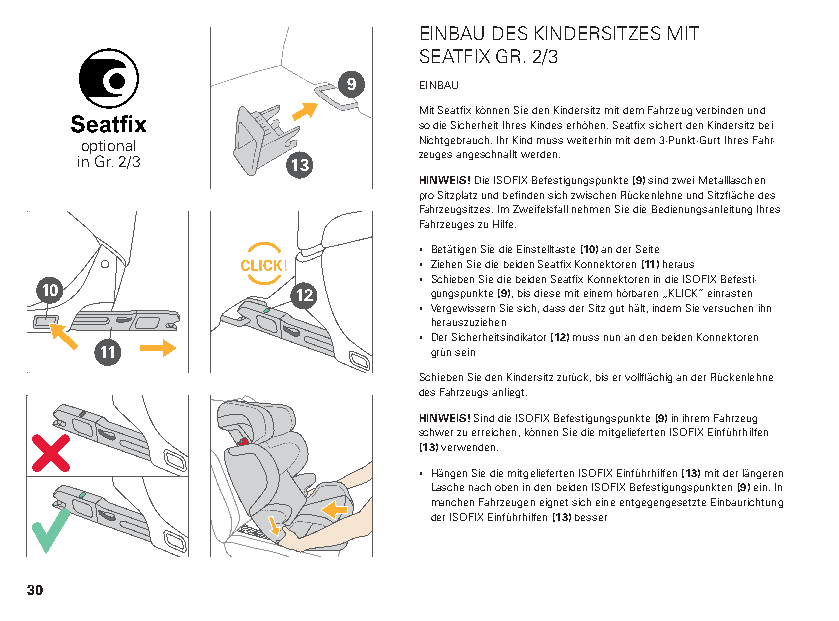
EINBAU DES KINDERSITZES MIT
 SEATFIX GR. 2/3
 9    EINBAU
 Mit Seatfix können Sie den Kindersitz mit dem Fahrzeug verbinden und
 so die Sicherheit Ihres Kindes erhöhen. Seatfix sichert den Kindersitz bei
 optional               Nichtgebrauch. Ihr Kind muss weiterhin mit dem 3-Punkt-Gurt Ihres Fahr-
 in Gr. 2/3    13       zeuges angeschnallt werden.
 HINWEIS! Die ISOFIX Befestigungspunkte (9) sind zwei Metalllaschen
 pro Sitzplatz und befinden sich zwischen Rückenlehne und Sitzfläche des
 Fahrzeugsitzes. Im Zweifelsfall nehmen Sie die Bedienungsanleitung Ihres
 Fahrzeuges zu Hilfe.
 ▪ Betätigen Sie die Einstelltaste (10) an der Seite
 ▪ Ziehen Sie die beiden Seatfix Konnektoren (11) heraus
 ▪ Schieben Sie die beiden Seatfix Konnektoren in die ISOFIX Befesti-
 10              12       gungspunkte (9), bis diese mit einem hörbaren „KLICK“ einrasten
 ▪ Vergewissern Sie sich, dass der Sitz gut hält, indem Sie versuchen ihn
 herauszuziehen
 ▪ Der Sicherheitsindikator (12) muss nun an den beiden Konnektoren
 11                   grün sein
 Schieben Sie den Kindersitz zurück, bis er vollflächig an der Rückenlehne
 des Fahrzeugs anliegt.
 HINWEIS! Sind die ISOFIX Befestigungspunkte (9) in ihrem Fahrzeug
 schwer zu erreichen, können Sie die mitgelieferten ISOFIX Einführhilfen
 (13) verwenden.
 ▪ Hängen Sie die mitgelieferten ISOFIX Einführhilfen (13) mit der längeren
 Lasche nach oben in den beiden ISOFIX Befestigungspunkten (9) ein. In
 manchen Fahrzeugen eignet sich eine entgegengesetzte Einbaurichtung
 der ISOFIX Einführhilfen (13) besser
 30